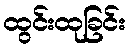
ထွင်းထုခြင်း